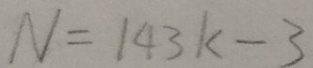
N = 1 4 3 k - 3